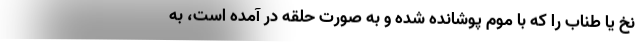
نخ یا طناب را که با موم پوشانده شده و به صورت حلقه در آمده است، به